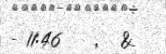
- 11:46